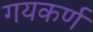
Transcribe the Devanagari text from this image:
गयकर्ण